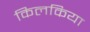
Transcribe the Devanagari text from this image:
किलकिया